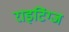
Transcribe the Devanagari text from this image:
राइटिंग्ज